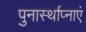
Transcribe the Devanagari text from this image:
पुनार्स्थाप्नाएं